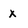
Character: x